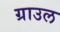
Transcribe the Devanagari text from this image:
ग्राउल